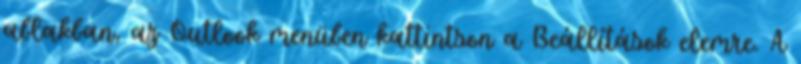
ablakban, az Outlook menüben kattintson a Beállítások elemre. A